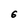
Character: 6